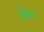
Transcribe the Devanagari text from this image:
जिगा